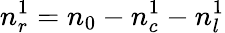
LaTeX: n_{r}^{1}=n_{0}-n_{c}^{1}-n_{l}^{1}